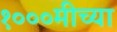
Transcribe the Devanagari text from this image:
१०००मीच्या